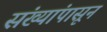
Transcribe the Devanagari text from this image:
संख्यांपासून